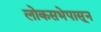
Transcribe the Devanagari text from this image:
लोकसभेपासून